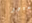
غيور